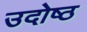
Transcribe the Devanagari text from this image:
उदोष्ठ